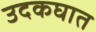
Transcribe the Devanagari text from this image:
उदकघात